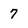
Character: 7